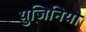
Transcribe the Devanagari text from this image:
युजिनियो